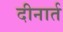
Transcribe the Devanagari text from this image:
दीनार्त